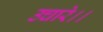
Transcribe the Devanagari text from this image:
उचारे।।